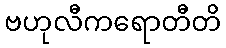
ဗဟုလီကရောတီတိ